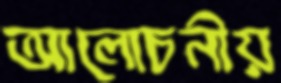
আলোচনীয়